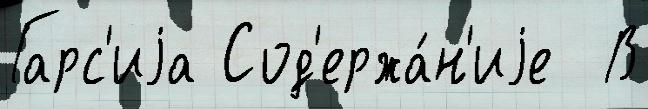
Гарс'иjа Сод'ержа́н'иjе  В